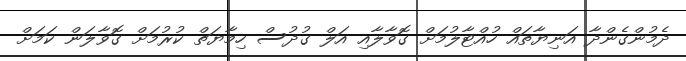
ދެމުންގެންދާ އަނިޔާތައް ހުއްޓާލުމަށް ގޮވާލާއި އަލް ގުދުސް ހިމާޔަތް ކުރުމަށް ގޮވާލަން ކަމަށް